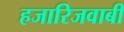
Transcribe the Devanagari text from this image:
हजारिजवाबी